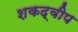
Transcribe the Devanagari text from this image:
शकद्वीप